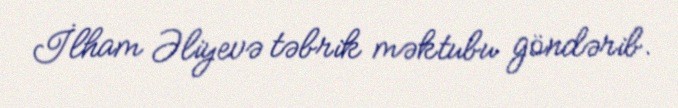
İlham Əliyevə təbrik məktubu göndərib.